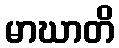
မာဃာတိ